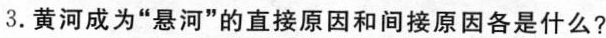
3.黄河成为“悬河”的直接原因和间接原因各是什么?